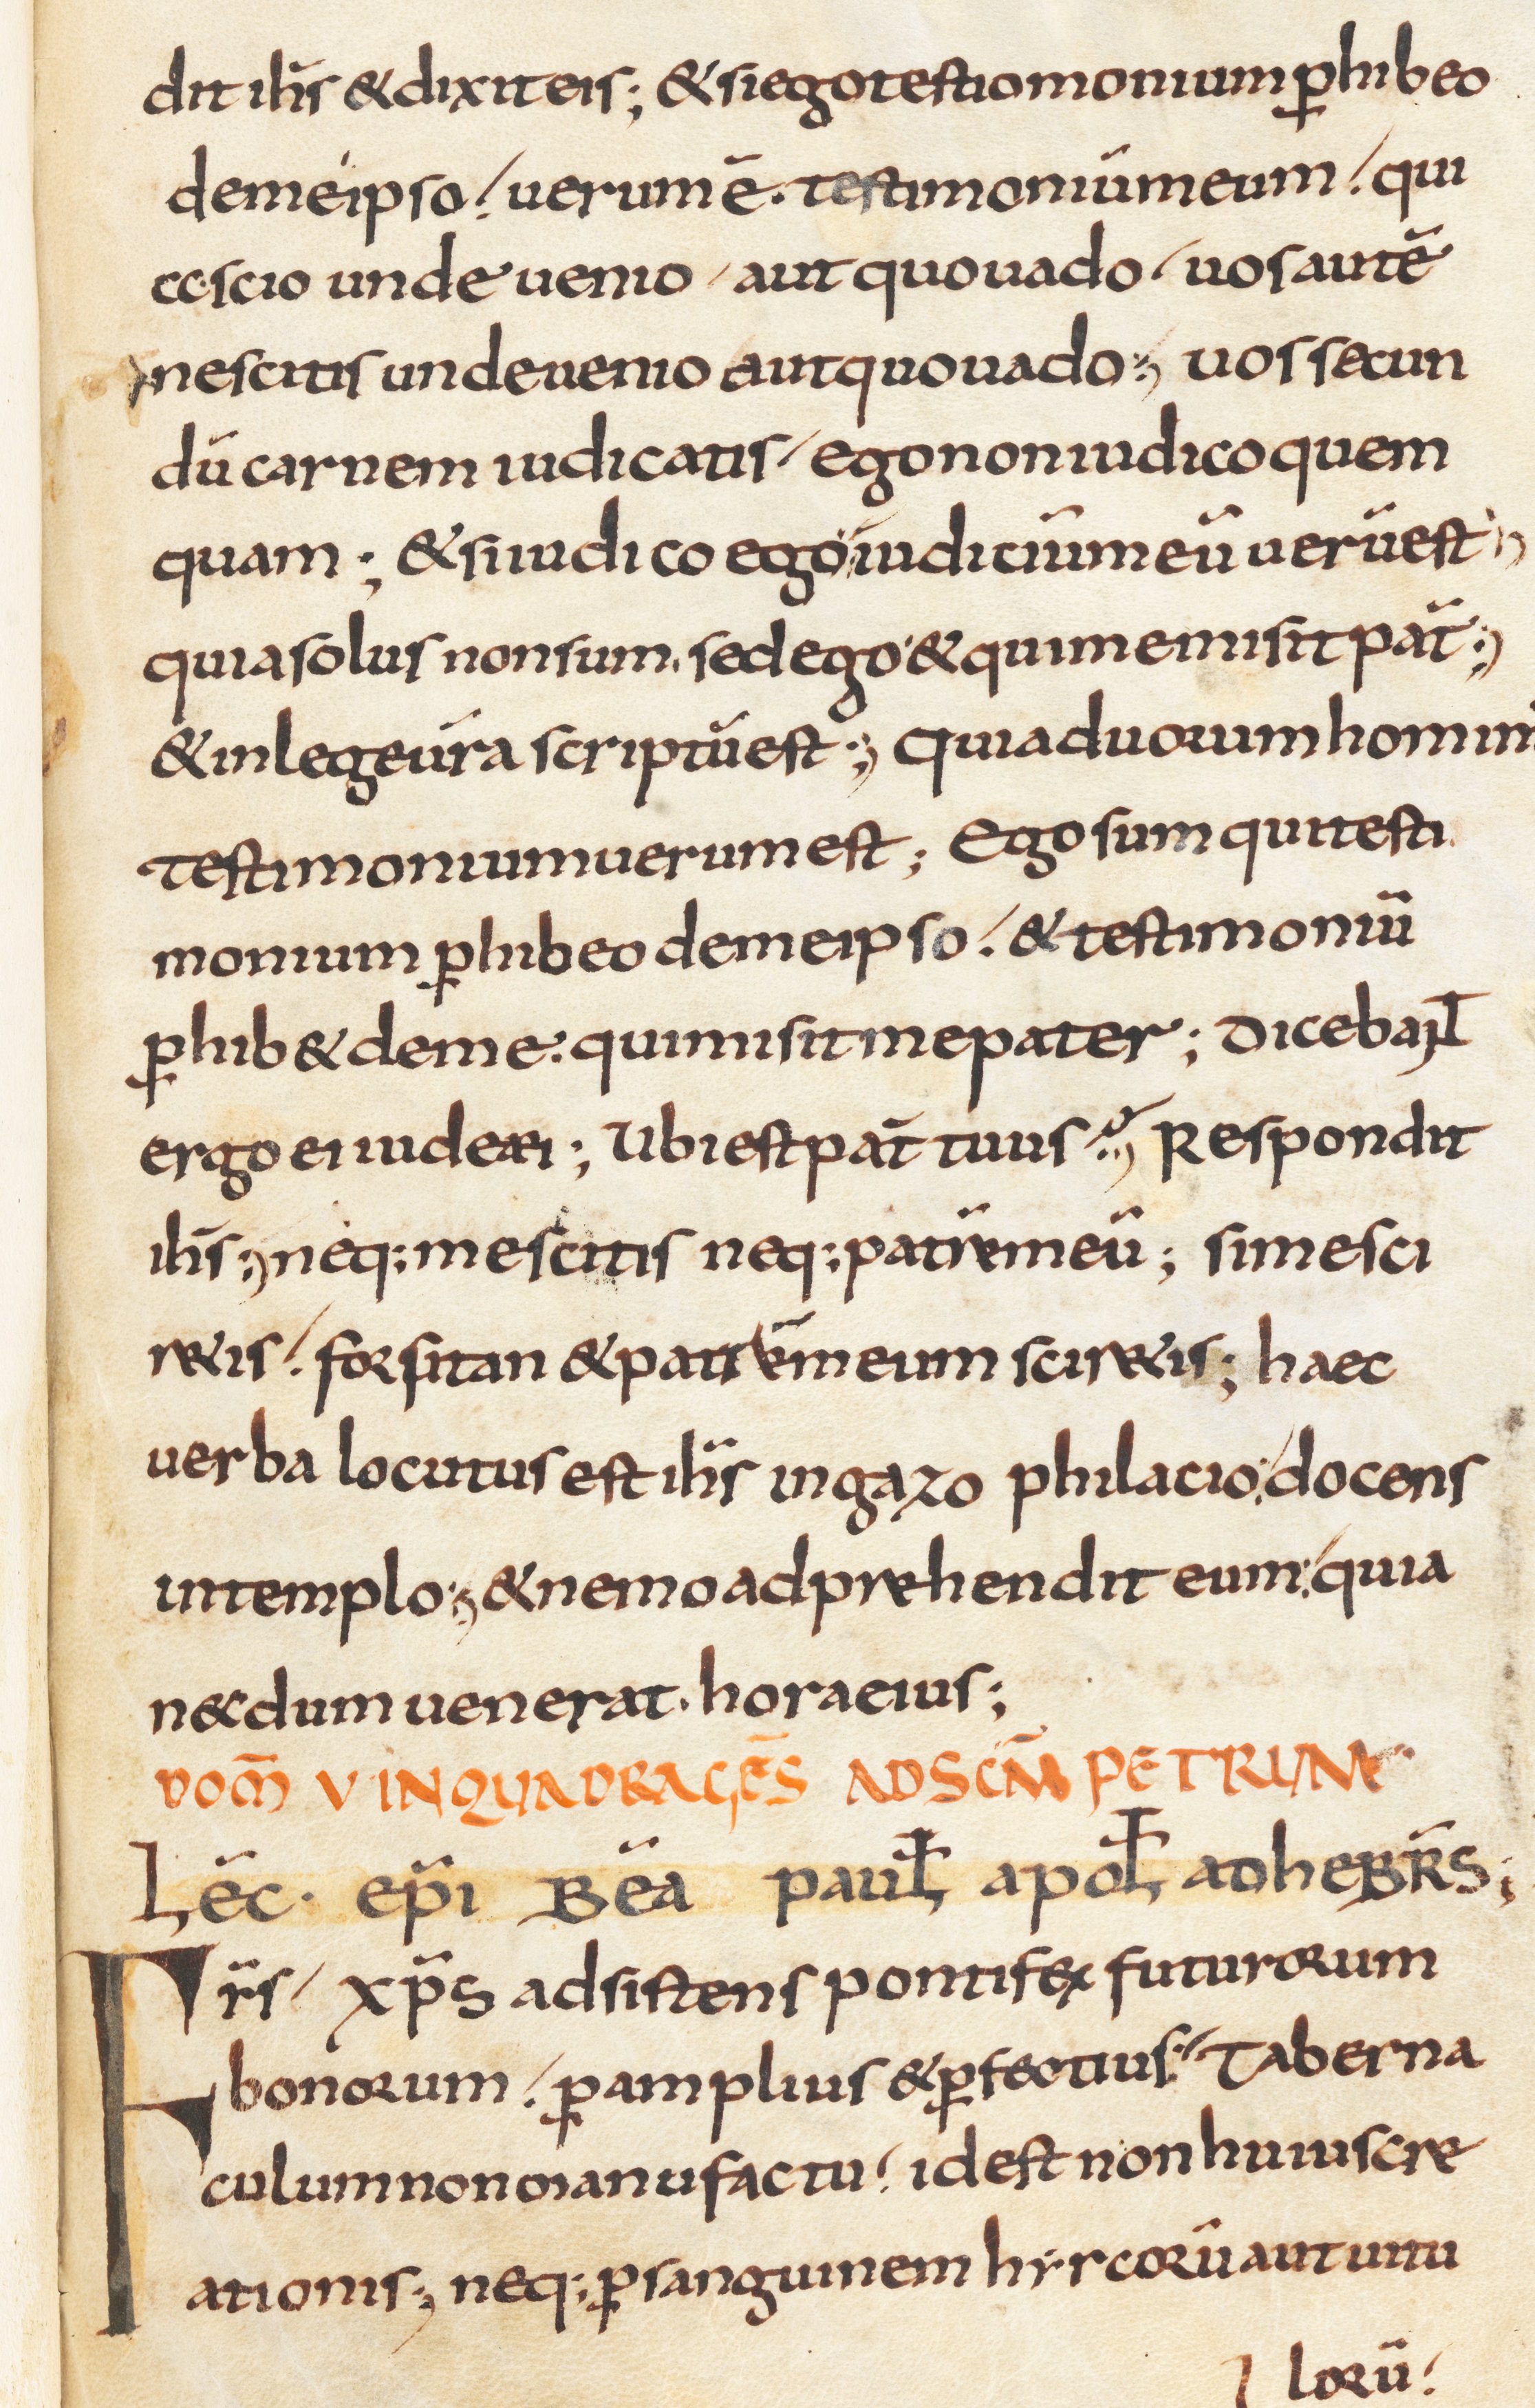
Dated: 800–830